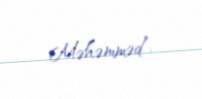
Məhəmməd”.